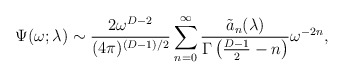
\begin{align*}\Psi(\omega;\lambda)\sim {2 \omega^{D-2} \over(4\pi)^{(D-1)/2}}\sum_{n=0}^\infty {\tilde{a}_n(\lambda) \over\Gamma\left({D-1 \over 2}-n\right)} \omega^{-2n},\end{align*}